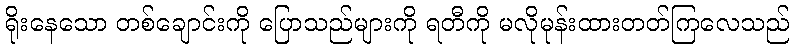
ရိုးနေသော တစ်ချောင်းကို ပြောသည်များကို ရတီကို မလိုမုန်းထားတတ်ကြလေသည်